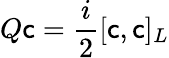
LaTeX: Q\mathsf{c}={\frac{{i}}{{2}}}[\mathsf{c},\mathsf{c}]_{L}